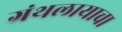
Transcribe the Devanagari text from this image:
ग्रंथलायाचा